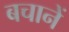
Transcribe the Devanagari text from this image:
बचानें